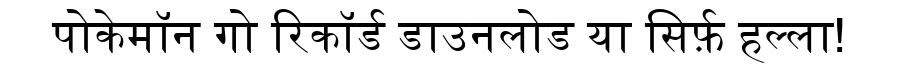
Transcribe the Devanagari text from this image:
पोकेमॉन गो रिकॉर्ड डाउनलोड या सिर्फ़ हल्ला!